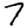
Digit: 7